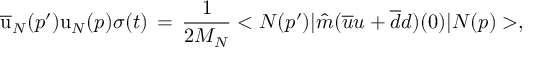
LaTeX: { \overline { { { \mathrm { u } } } } } _ { N } ( p ^ { \prime } ) { \mathrm { u } } _ { N } ( p ) \sigma ( t ) \, = \, \frac { 1 } { 2 M _ { N } } < N ( p ^ { \prime } ) \vert { \hat { m } } ( { \overline { { u } } } u + { \overline { { d } } } d ) ( 0 ) \vert N ( p ) > ,